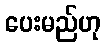
ပေးမည်ဟု